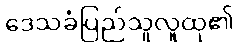
ဒေသခံပြည်သူလူထု၏